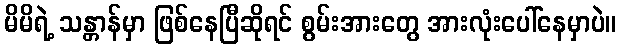
မိမိရဲ့ သန္တာန်မှာ ဖြစ်နေပြီဆိုရင် စွမ်းအားတွေ အားလုံးပေါ်နေမှာပဲ။